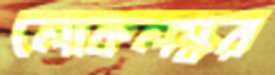
লোকলস্কর